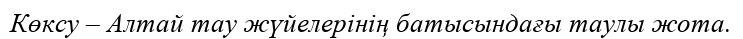
Көксу – Алтай тау жүйелерінің батысындағы таулы жота.